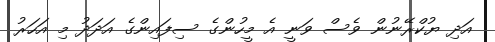
އަދި ޔުކްރޭނުން ވެސް ވަނީ އެ މީހުންގެ ސިފައިންގެ އަދަދު މި އަހަރު